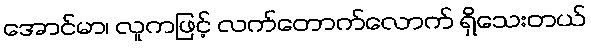
အောင်မာ၊ လူကဖြင့် လက်တောက်လောက် ရှိသေးတယ်